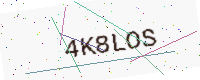
Text: 4K8LOS